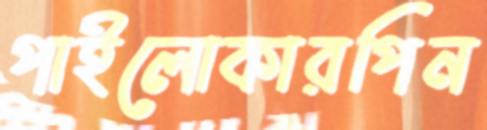
পাইলোকারপিন